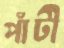
পাঁটী